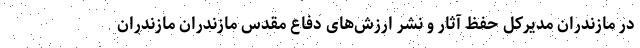
در مازندران مدیرکل حفظ آثار و نشر ارزش‌های دفاع مقدس مازندران مازندران